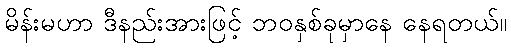
မိန်းမဟာ ဒီနည်းအားဖြင့် ဘဝနှစ်ခုမှာနေ နေရတယ်။